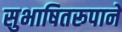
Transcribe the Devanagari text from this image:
सुभाषितरूपाने